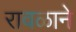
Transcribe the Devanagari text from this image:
रावळाने